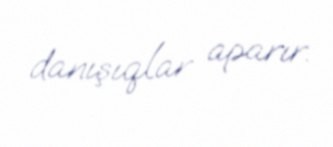
danışıqlar aparır.